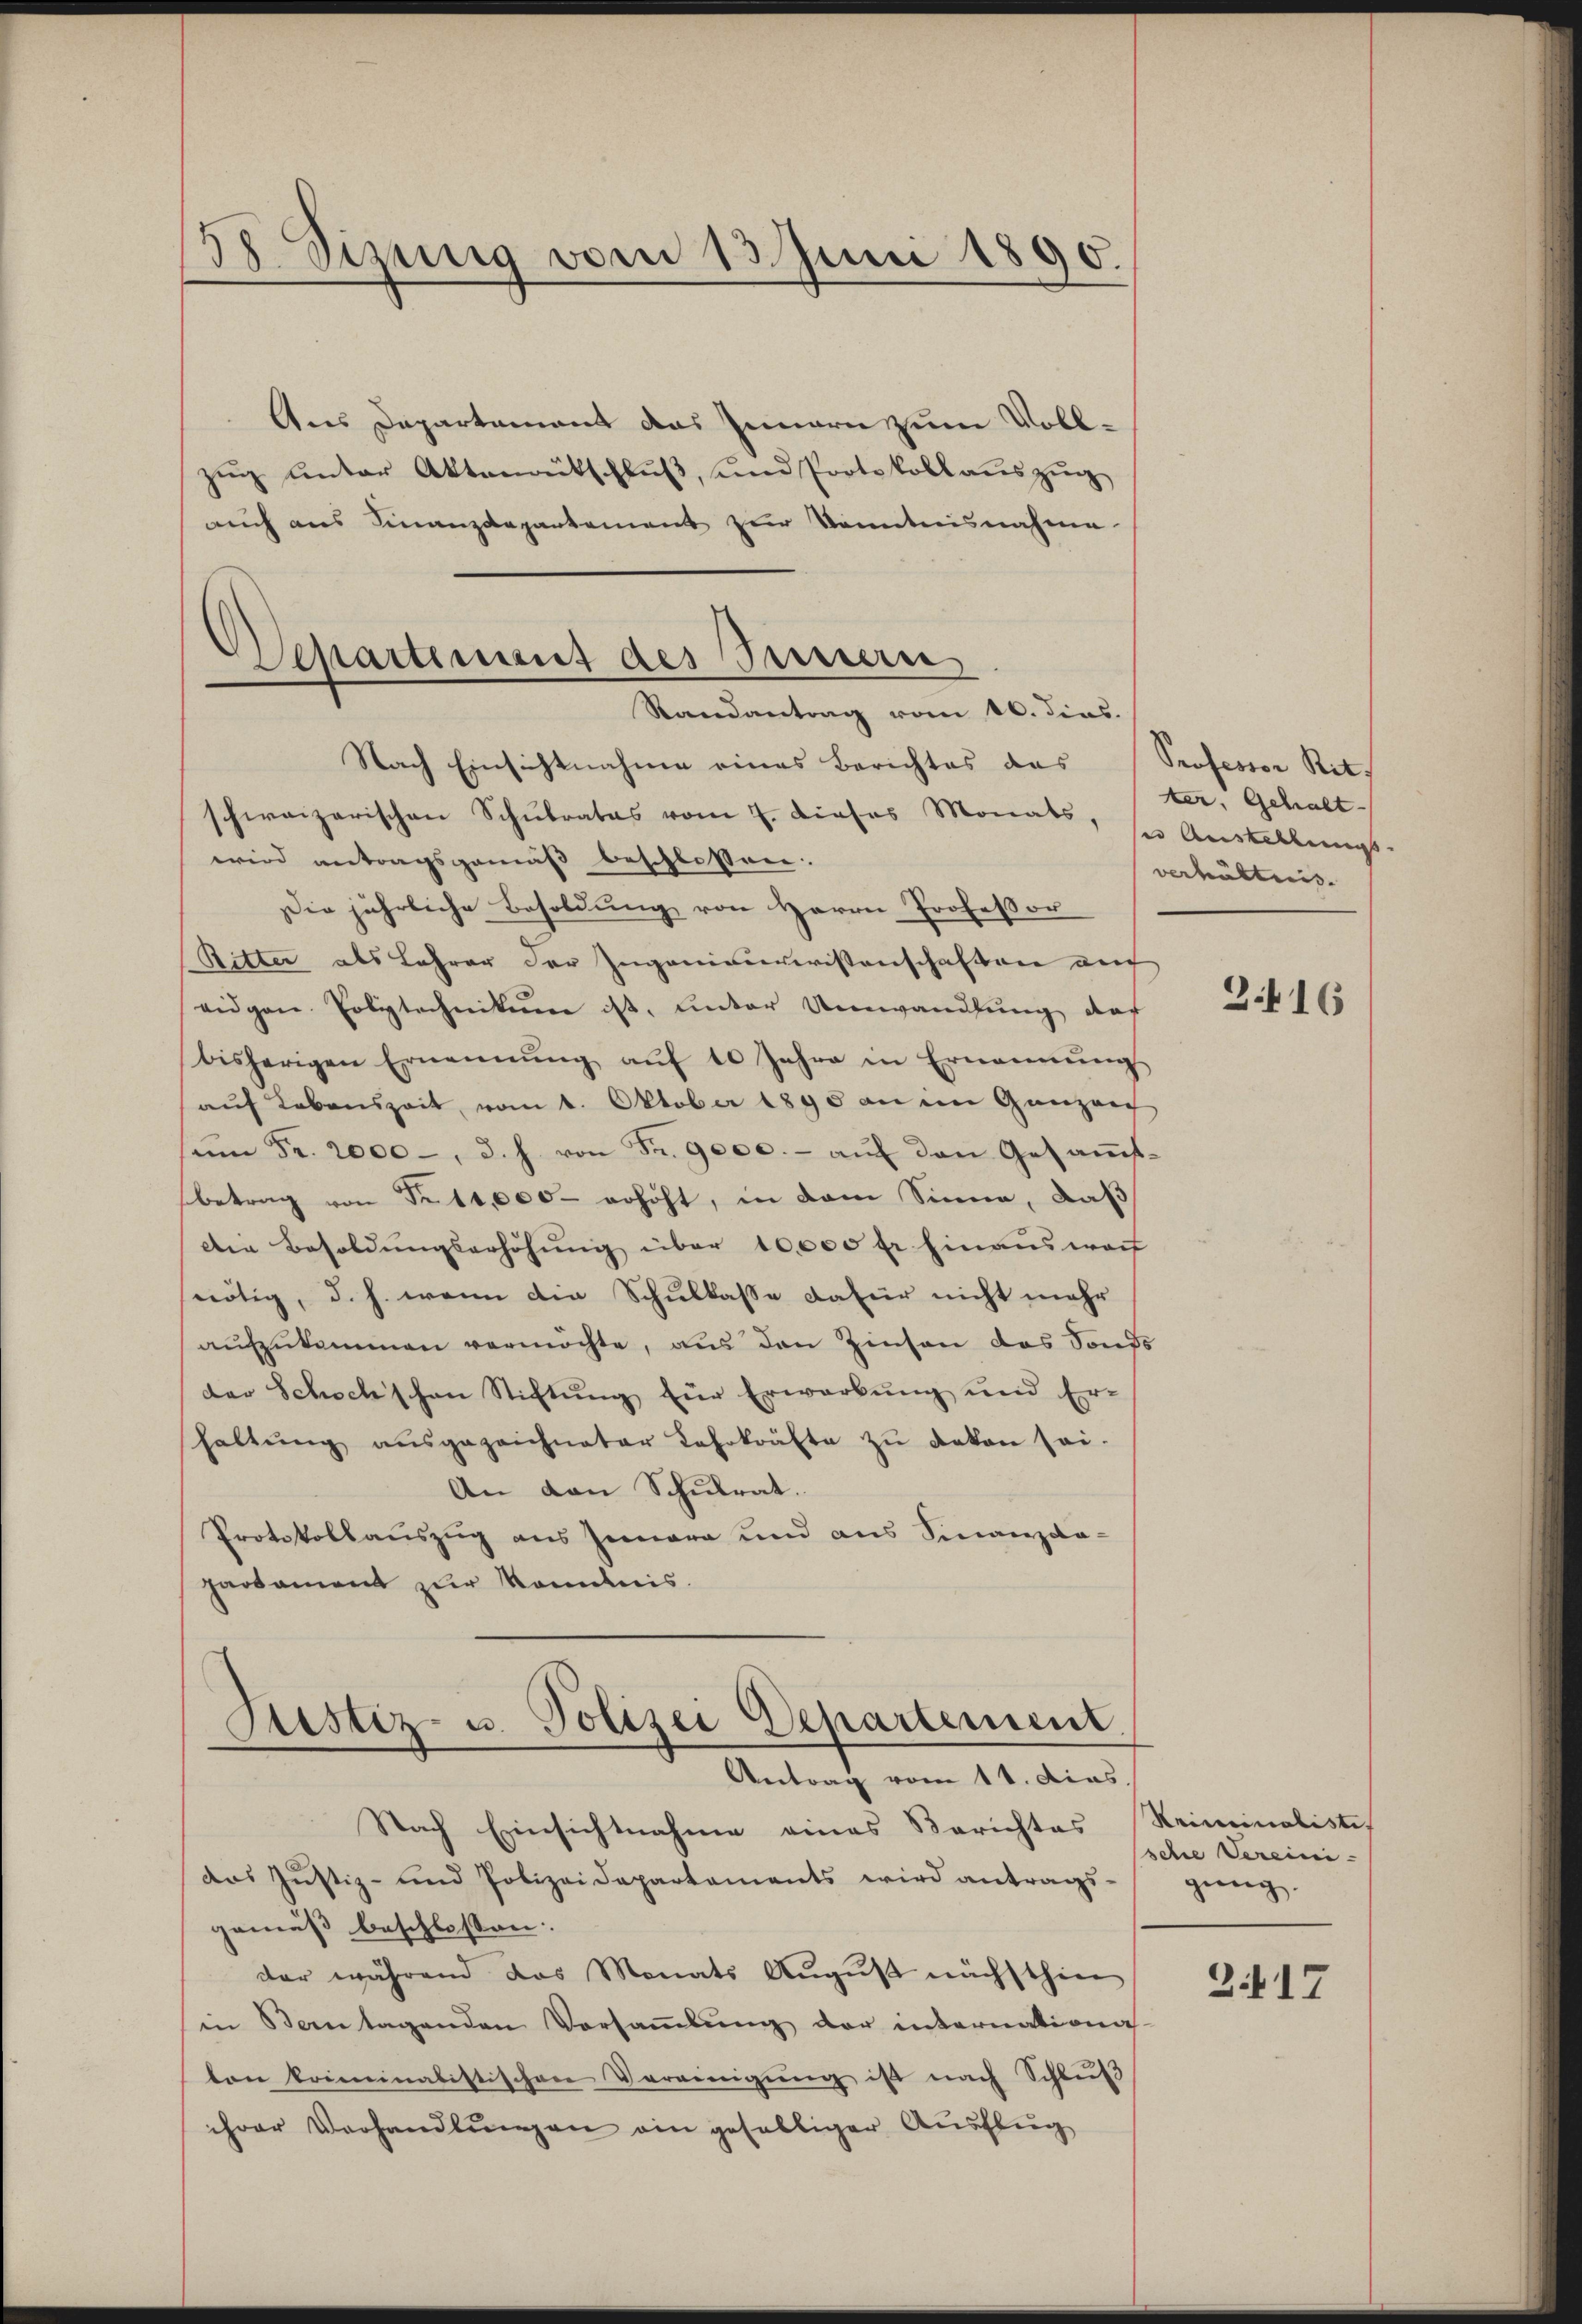
38. Sizung vom 13. Juni 1890.

Separtement des Sinnern
Randantrag vom 10. dies.
Nach Einsichtnahme eines Berichtes das Professor Rit-
schweizerischen Schulrates vom 7. dieses Monats, ses Austellungs-

Aus Departement das Innern zum Vollzug unter Aktenrütschluß, und Protokoll auszug
auch aus Finanzdepartement zur Kenntnisnahme
wird antragsgemäß beschlossen.
Die jährliche Besoldung von Herrn Professor
Ritter als Lehrer der Ingenieurwissenschaften auch
eidgen. Polytechnikum ist, unter Umwandlung doch
bisherigen Ernennung aŭf 10 Jahre in Ernennung
auf Lebenszeit, vom 1. Oktober 1890 an im Ganzen
ŭm Fr. 2000, d. h. von Fr. 9000.- auf den Gesammtbetrag von Fett, 000 erhöht, in dem Sinne, daß
Die Besoldungserhöhung über 10,000 fr hinauswach
nötig, d. h. wenn die Schulkasse dafür nicht mehr
aŭfzŭkommen vermöchte, aus den Zinsen das Sonds
der Schockschen Stiftung für Erwarbung und Er-
haltŭng aŭsgezeichneter Lehrkräfte zŭ deken sei.
An den Schulrat.
Protokollauszug aus Jenara und aus Sinanzda-
partament zur Kenntnis.

Sistiz- u. Polizei Departement.
Antrag vom 11. dies

Nach Einsichtnahme eines Berichtes Reiminalistis
das Justiz- und Polizeidepartaments wird antrags-
gemäß beschlossen:
der während das Monats August nächsthin
in Bern tagenden Versaṁlŭng der internationa
ton komminalistischen Vereinigŭng ist nach Schluß
ihrer Verhandlungen ein gefälliger Ausflug

ter, Gehalt
verhältnis

3.416

sche Vereini-
gung.

2.417